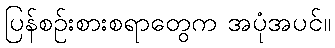
ပြန်စဉ်းစားစရာတွေက အပုံအပင်။